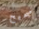
صحيح